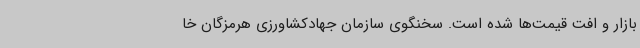
بازار و افت قیمت‌ها شده است. سخنگوی سازمان جهادکشاورزی هرمزگان خا